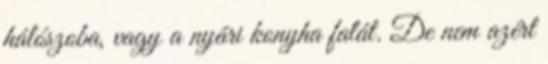
hálószoba, vagy a nyári konyha falát. De nem azért